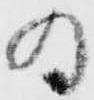
為